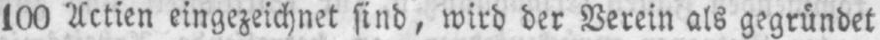
100 Actien eingezeichnet sind, wird der Verein als gegründet